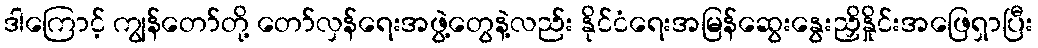
ဒါကြောင့် ကျွန်တော်တို့ တော်လှန်ရေးအဖွဲ့တွေနဲ့လည်း နိုင်ငံရေးအမြန်ဆွေးနွေးညှိနှိုင်းအဖြေရှာပြီး